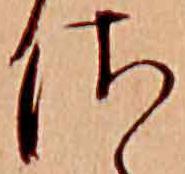
さ